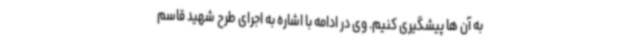
به آن ها پیشگیری کنیم. وی در ادامه با اشاره به اجرای طرح شهید قاسم